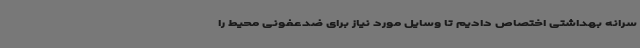
سرانه بهداشتی اختصاص دادیم تا وسایل مورد نیاز برای ضدعفونی محیط را